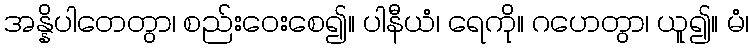
အန္နိပါတေတွာ၊ စည်းဝေးစေ၍။ ပါနီယံ၊ ရေကို။ ဂဟေတွာ၊ ယူ၍။ မံ၊